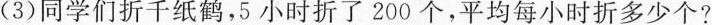
(3)同学们折千纸鹤，5小时折了200个，平均每小时折多少个?